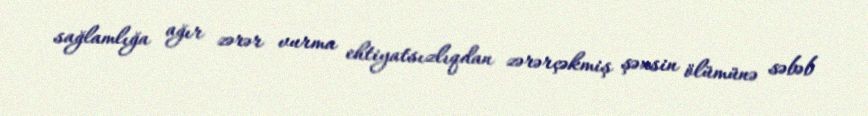
sağlamlığa ağır zərər vurma ehtiyatsızlıqdan zərərçəkmiş şəxsin ölümünə səbəb